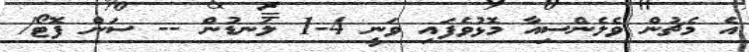
އެ މެޗުން ވެލެންސިއާ މޮޅުވެފައި ވަނީ 4-1 ލަނޑުން -- ސަން ފޮޓޯ/